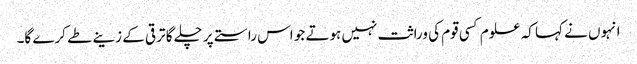
انہوں نے کہا کہ علوم کسی قوم کی وراثت نہیں ہوتے جو اس راستے پر چلے گا ترقی کے زینے طے کرے گا۔